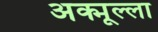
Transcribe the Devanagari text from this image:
अक्मूल्ला